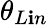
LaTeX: \theta_{L\mathbf{i}n}